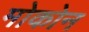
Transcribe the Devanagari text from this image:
मोकोन